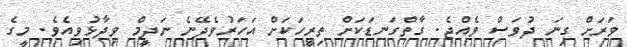
ވަރަށް ގިނަ ދުވަސް ވެއްޖެ. ގާތްގަނޑަކަށް ތިރީހަކަށް އަހަރުވެދޭނެ ނަދީމް ވިދާޅުވިއެވެ. މީގެ